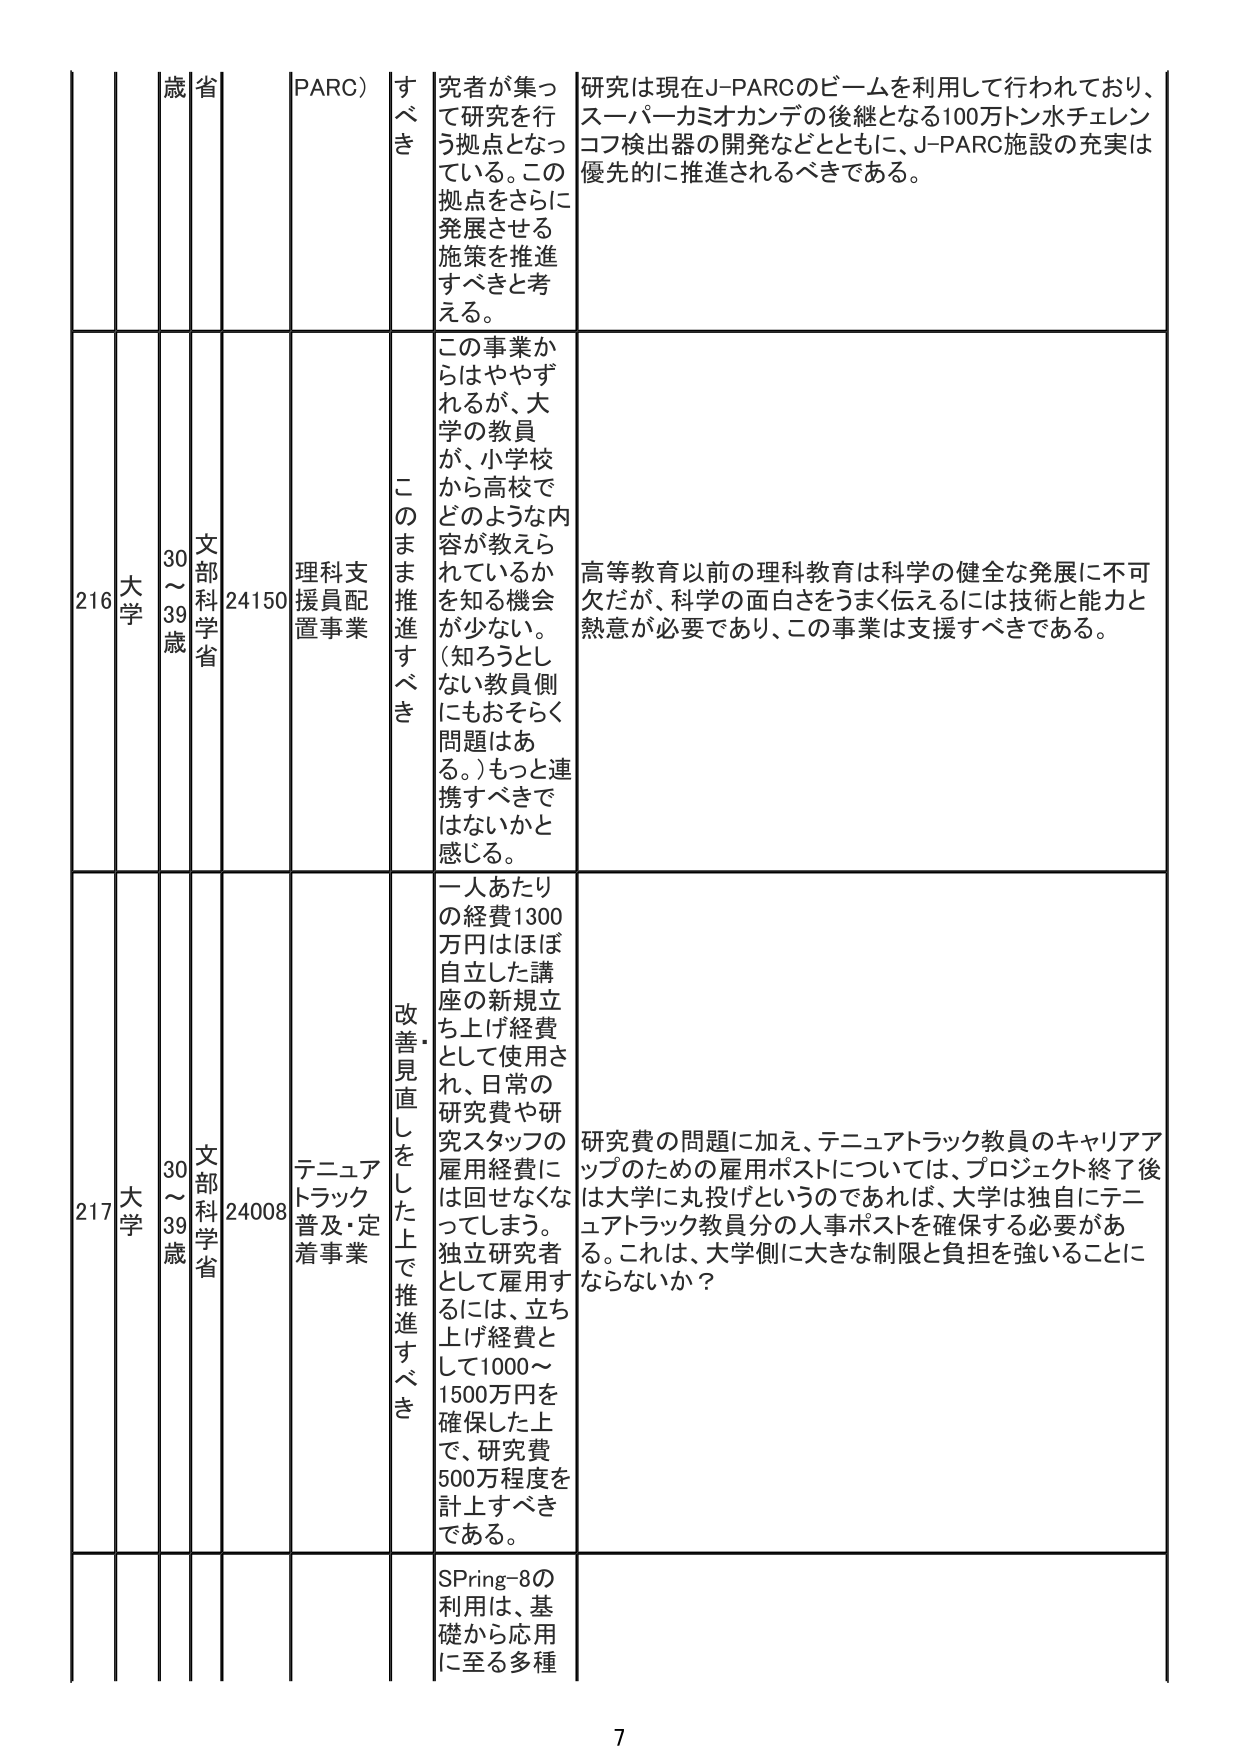
216 大学 30～39歳 文部科学省 24150 理科支援員配置事業 すべき 研究者が集って研究を行う拠点となっている。この拠点をさらに発展させる施策を推進すべきと考える。 研究は現在J-PARCのビームを利用して行われており、スーパーカミオカンデの後継となる100万トン水チェレンコフ検出器の開発などとともに、J-PARC施設の充実は優先的に推進されるべきである。 この事業からはややずれるが、大学の教員が、小学校から高校でどのような内容が教えられているかを知る機会が少ない。（知ろうとしない教員側にもおそらく問題はある。）もっと連携すべきではないかと感じる。 高等教育以前の理科教育は科学の健全な発展に不可欠だが、科学の面白さをうまく伝えるには技術と能力と熱意が必要であり、この事業は支援すべきである。 217 大学 30～39歳 文部科学省 24008 テニュアトラック普及・定着事業 このまま推進すべき 一人あたりの経費1300万円はほぼ自立した講座の新規立ち上げ経費として使用され、日常の研究費や研究スタッフの雇用経費には回せなくなってしまう。独立研究者として雇用するには、立ち上げ経費として1000～1500万円を確保した上で、研究費500万程度を計上すべきである。 研究費の問題に加え、テニュアトラック教員のキャリアアップのための雇用ポストについては、プロジェクト終了後は大学に丸投げというのであれば、大学は独自にテニュアトラック教員分の人事ポストを確保する必要がある。これは、大学側に大きな制限と負担を強いることにならないか？ SPRing-8の利用は、基礎から応用に至る多種 7